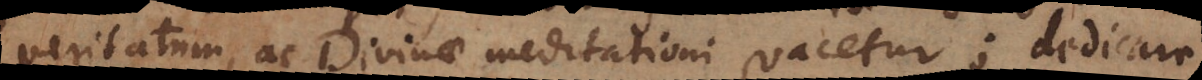
veritatum, ac Divinae meditationi vacetur; dedicare